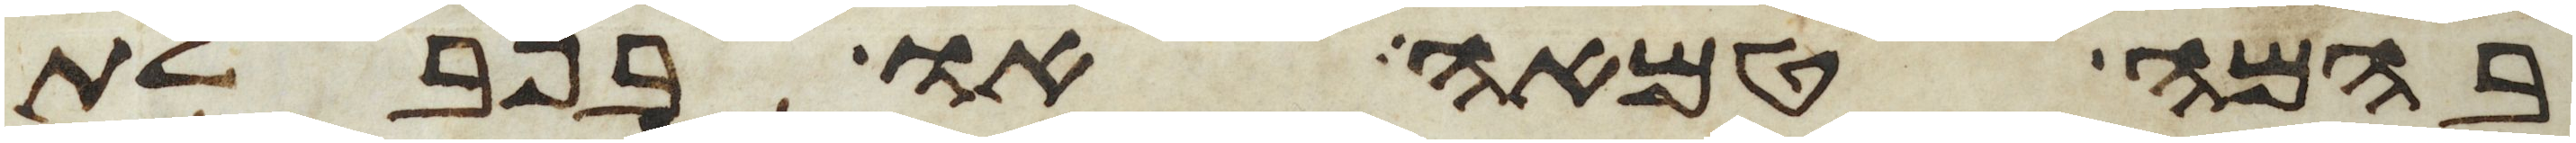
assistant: בהמה טמאה או בנבלת